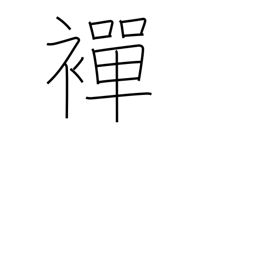
Meaning: undergarment